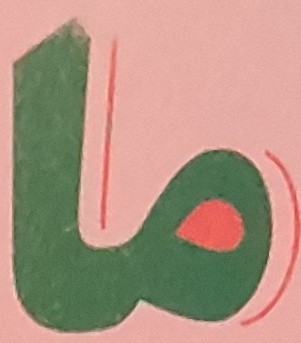
ما